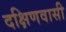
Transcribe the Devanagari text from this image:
दक्षिणवासी